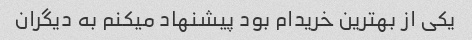
یکی از بهترین خریدام بود پیشنهاد میکنم به دیگران